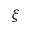
\xi